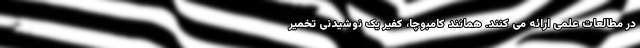
در مطالعات علمی ارائه می کنند. همانند کامبوچا، کفیر یک نوشیدنی تخمیر